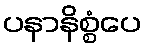
ပနာနိစ္စံပေ